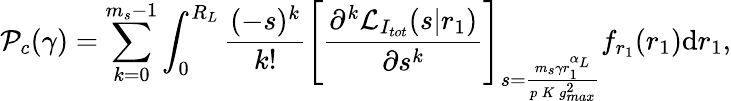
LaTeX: \mathcal{P}_{c}(\gamma)=\sum_{k=0}^{m_{s}-1}\int_{0}^{R_{L}}\frac{(-s)^{k}}{k!}{\Bigg[\frac{\partial^{k}\mathcal{L}_{I_{tot}}(s|r_{1})}{\partial{s^{k}}}\Bigg]}_{s=\frac{m_{s}\gamma r_{1}^{\alpha_{L}}}{p\, K\, g_{max}^{2}}}f_{r_{1}}(r_{1})\mathrm{d}r_{1},